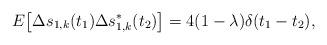
LaTeX: \begin{align*}E\big[\Delta s_{1,k}(t_1)\Delta s_{1,k}^{*}(t_2)\big] = 4(1-\lambda)\delta(t_1-t_2),\end{align*}